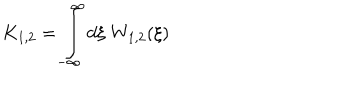
K _ { 1 , 2 } = \int _ { - \infty } ^ { \infty } d \xi \; W _ { 1 , 2 } ( \xi ) \nonumber